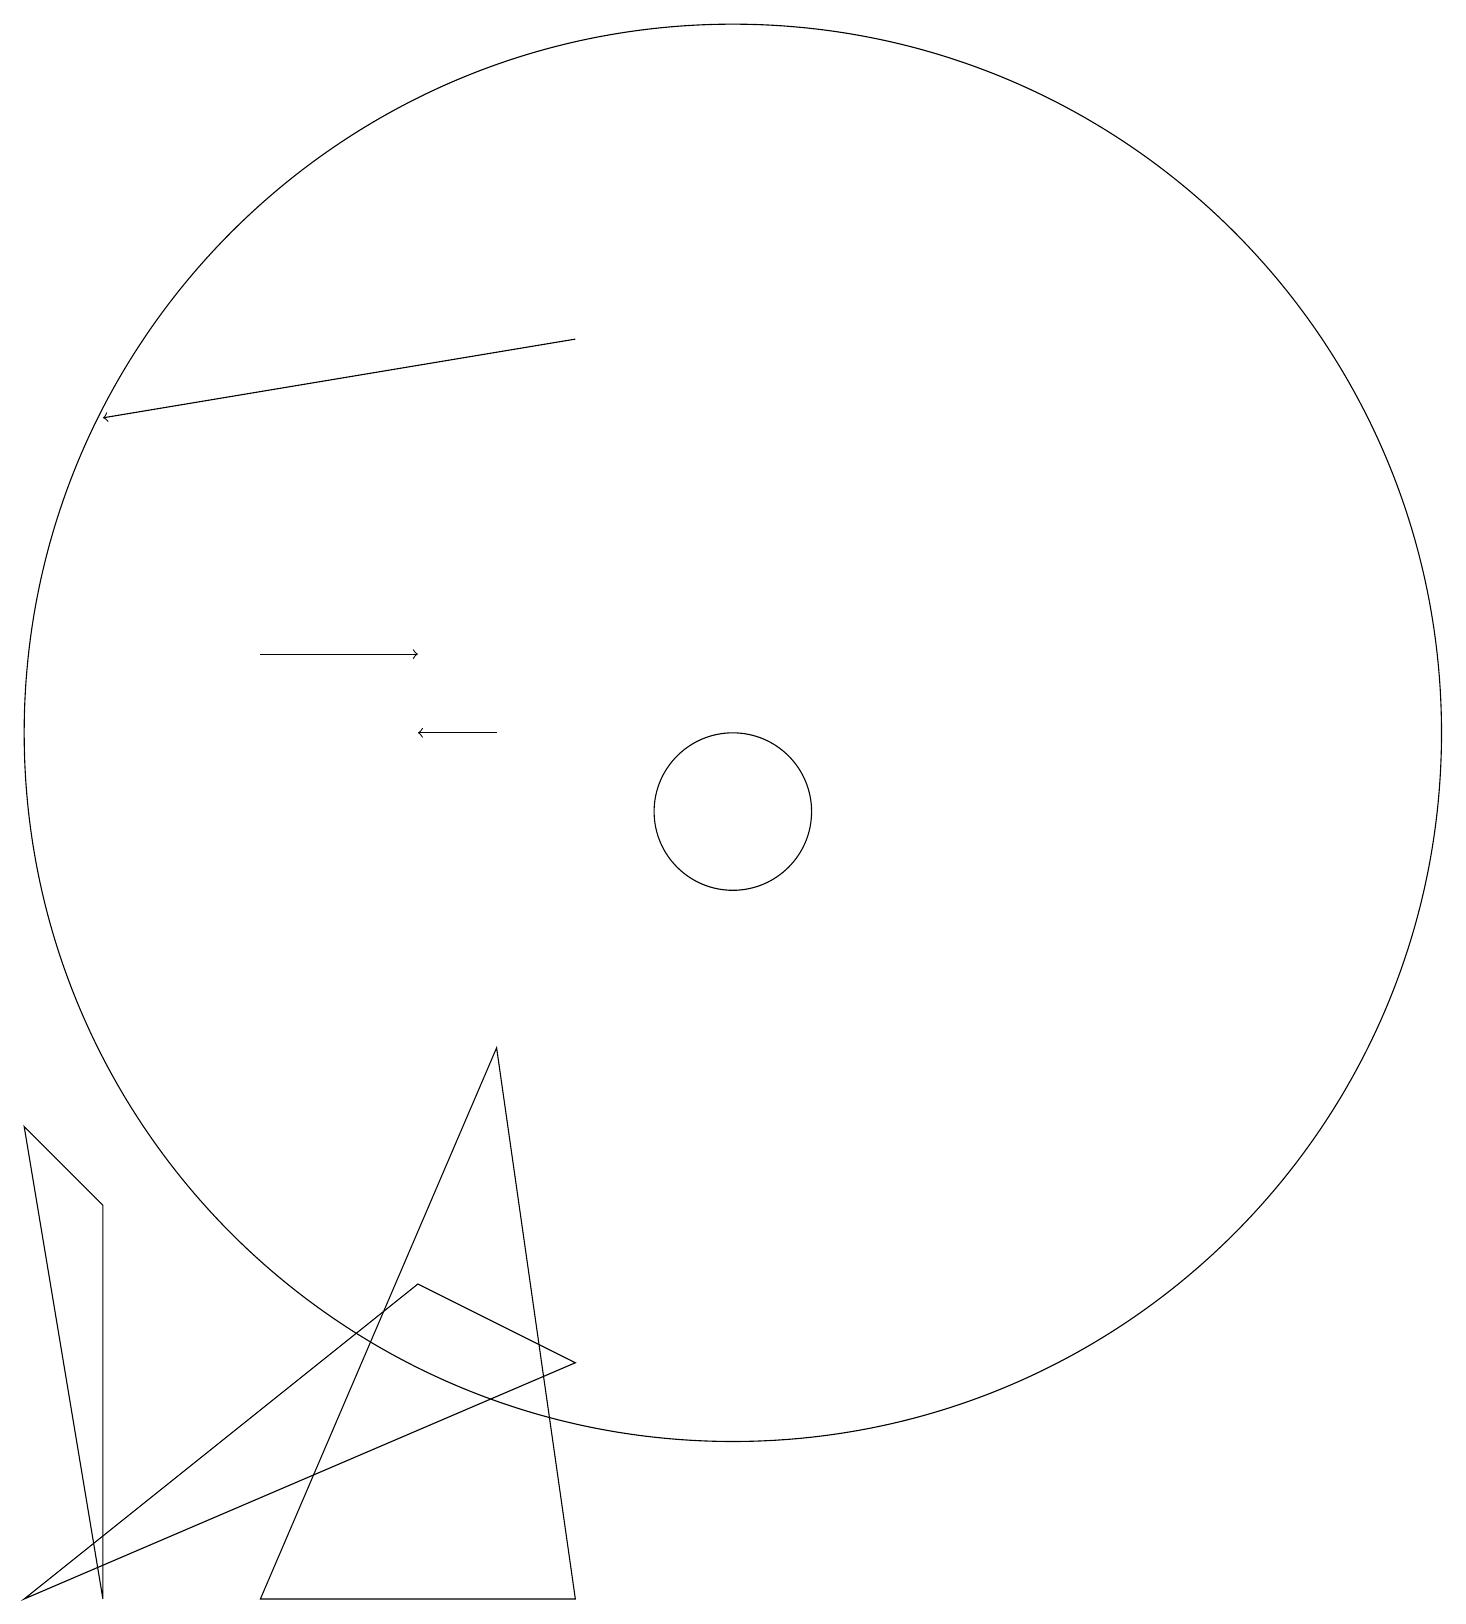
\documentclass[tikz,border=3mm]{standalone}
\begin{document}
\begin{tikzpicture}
\draw (8,7) -- (9,0) -- (5,0) -- cycle;
\draw (11,10) circle (1);
\draw (11,11) circle (9);
\draw[->] (9,16) -- (3,15);
\draw (2,0) -- (7,4) -- (9,3) -- cycle;
\draw (2,6) -- (3,0) -- (3,5) -- cycle;
\draw[->] (5,12) -- (7,12);
\draw[->] (8,11) -- (7,11);
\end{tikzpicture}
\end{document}